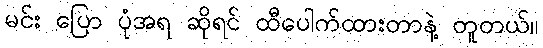
မင်း ပြော ပုံအရ ဆိုရင် ထီပေါက်ထားတာနဲ့ တူတယ်။